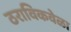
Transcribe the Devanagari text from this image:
ठराविकवेळा